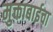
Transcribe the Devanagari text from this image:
मुक्ताबाईचा